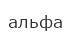
альфа